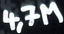
Text: 4,7M